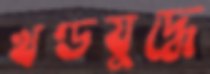
খণ্ডযুদ্ধে